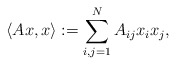
\begin{align*}\langle Ax,x\rangle:=\sum_{i,j=1}^N A_{ij} x_i x_j,\end{align*}